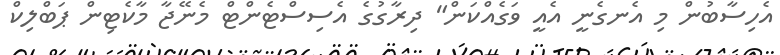
އެހިސާބުން މި އެނގެނީ އެއީ ވަގެއްކަން" ދިރާގުގެ އެސިސްޓެންޓް މެނޭޖާ މާކެޓިން ޕަބްލިކް